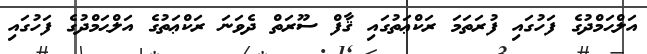
އަލްޙަމްދުގެ ފަހުގައި ފުރަތަމަ ރަކްޢަތުގައި ޤާފް ސޫރަތް ދެވަނަ ރަކްޢަތުގެ އަލްޙަމްދުގެ ފަހުގައި